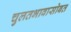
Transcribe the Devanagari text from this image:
चुलतभावासोबत